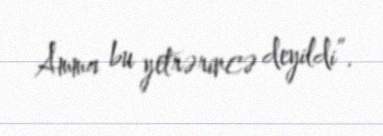
Amma bu yetrərincə deyildi”.